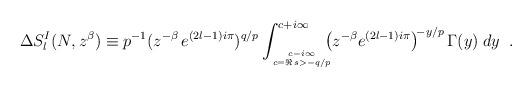
LaTeX: \begin{align*}& \Delta S^{I}_l(N,z^{\beta}) \equiv p^{-1} (z^{-\beta} \, e^{(2l-1)i \pi})^{q/p} \int_{c-i \infty \atop{c=\Re\,s>-q/p}}^{c+i \infty} \!\!\!\! \left( z^{-\beta} e^{(2l-1)i \pi} \right)^{\! -y/p} \Gamma(y)\; dy \;\;.\end{align*}